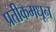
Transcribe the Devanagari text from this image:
प्रतीकमधून